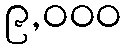
၉,၀၀၀